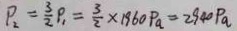
P _ { 2 } = \frac { 3 } { 2 } P _ { 1 } = \frac { 3 } { 2 } \times 1 9 6 0 P a = 2 9 4 0 P a